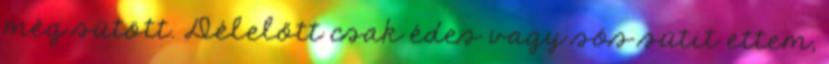
még sütött. Délelőtt csak édes vagy sós sütit ettem,